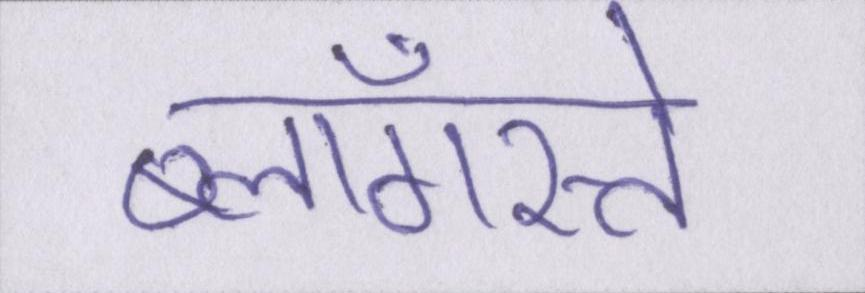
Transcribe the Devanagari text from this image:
ब्लॉगस्ते